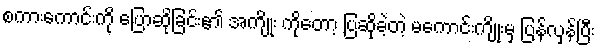
စကားကောင်းကို ပြောဆိုခြင်း၏ အကျိုး ကိုတော့ ပြဆိုခဲ့တဲ့ မကောင်းကျိုးမှ ပြန်လှန်ပြီး